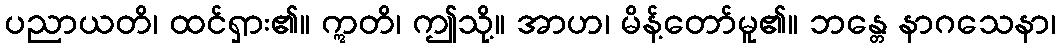
ပညာယတိ၊ ထင်ရှား၏။ ဣတိ၊ ဤသို့။ အာဟ၊ မိန့်တော်မူ၏။ ဘန္တေ နာဂသေနာ၊